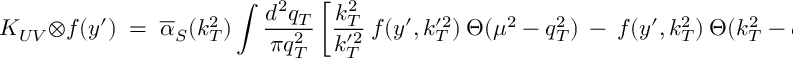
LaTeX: K _ { U V } \: \otimes \: f ( y ^ { \prime } ) \; = \; \overline { { { \alpha } } } _ { S } ( k _ { T } ^ { 2 } ) \: \int \: \frac { d ^ { 2 } q _ { T } } { \pi q _ { T } ^ { 2 } } \: \left[ \frac { k _ { T } ^ { 2 } } { k _ { T } ^ { \prime 2 } } \: f ( y ^ { \prime } , k _ { T } ^ { \prime 2 } ) \: \Theta ( \mu ^ { 2 } - q _ { T } ^ { 2 } ) \: - \: f ( y ^ { \prime } , k _ { T } ^ { 2 } ) \: \Theta ( k _ { T } ^ { 2 } - q _ { T } ^ { 2 } ) \right] ,